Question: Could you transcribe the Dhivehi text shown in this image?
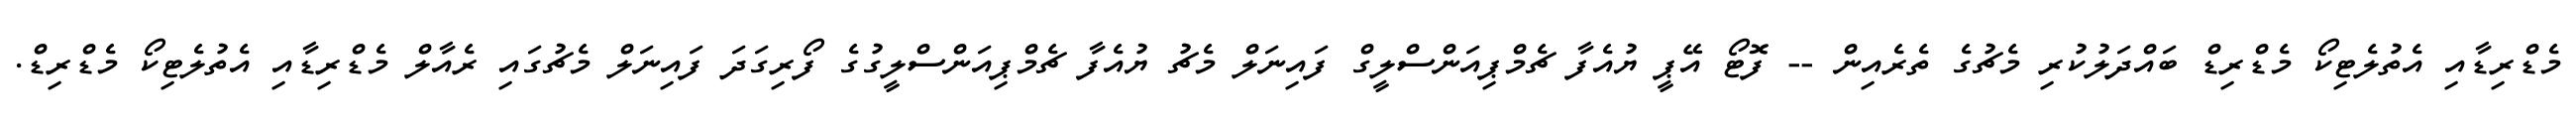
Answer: މެޑްރިޑާއި އެތުލެޓިކޯ މެޑްރިޑް ބައްދަލުކުރި މެޗުގެ ތެރެއިން -- ފޮޓޯ އޭޕީ ޔުއެފާ ޗެމްޕިއަންސްލީގް ފައިނަލް މެޗު ޔުއެފާ ޗެމްޕިއަންސްލީގުގެ ފޯރިގަދަ ފައިނަލް މެޗުގައި ރެއާލް މެޑްރިޑާއި އެތުލެޓިކޯ މެޑްރިޑް.